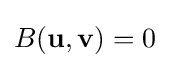
B(\mathbf {u} ,\mathbf {v} )=0